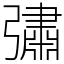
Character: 彇